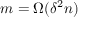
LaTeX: m = \Omega ( \delta ^ { 2 } n )